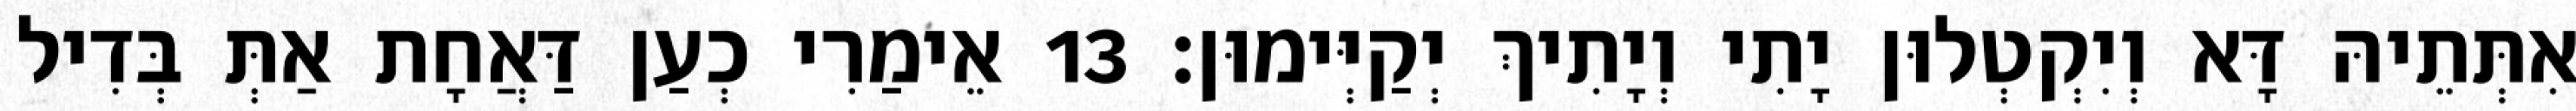
אִתְּתֵיהּ דָּא וְיִקְטְלוּן יָתִי וְיָתִיךְ יְקַיְּימוּן׃ 13 אֵימַרִי כְעַן דַּאֲחָת אַתְּ בְּדִיל